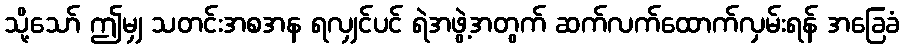
သို့သော် ဤမျှ သတင်းအစအန ရလျှင်ပင် ရဲအဖွဲ့အတွက် ဆက်လက်ထောက်လှမ်းရန် အခြေခံ